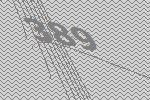
389